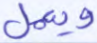
ويعمل